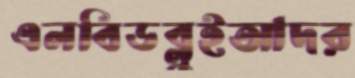
এলবিডব্লুইআদর